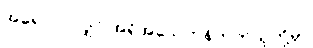
အရောဝင်လျှင် အရိုအသေတန်တတ်သူတို့မှာ